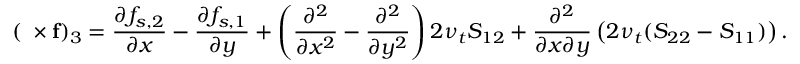
( \mathbf { \nabla \times f } ) _ { 3 } = \frac { \partial f _ { s , 2 } } { \partial x } - \frac { \partial f _ { s , 1 } } { \partial y } + \left( \frac { \partial ^ { 2 } } { \partial x ^ { 2 } } - \frac { \partial ^ { 2 } } { \partial y ^ { 2 } } \right) 2 \nu _ { t } S _ { 1 2 } + \frac { \partial ^ { 2 } } { \partial x \partial y } \left( 2 \nu _ { t } ( S _ { 2 2 } - S _ { 1 1 } ) \right) .